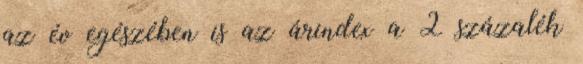
az év egészében is az árindex a 2 százalék